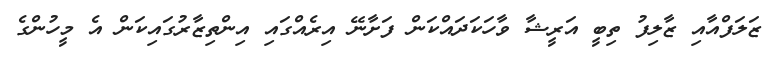
ޒަލަފްއާއި ޒާލިފު ތިބީ އަރީޝާ ވާހަކަދައްކަން ފަށާނޭ އިރެއްގައި އިންތިޒާރުގައިކަން އެ މީހުންގެ